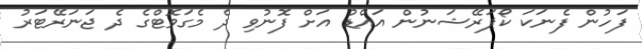
ފަހުން ފެނަކަ ކޯޕަރޭޝަނުން އައްޑު އަށް ފޮނުވި ދެ މެގަވޮޓްގެ ދެ ޖަނަރޭޓަރު